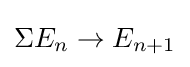
\Sigma E_{n}\to E_{n+1}